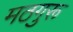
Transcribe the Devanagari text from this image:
मठगुरू